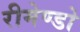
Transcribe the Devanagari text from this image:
रीमेण्डो